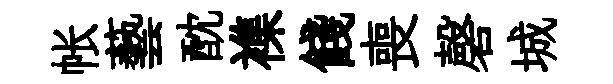
帐藝酖襍餞喪磬城